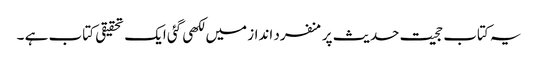
یہ کتاب حجیت حدیث پر منفرد انداز میں لکھی گئی ایک تحقیقی کتاب ہے ۔